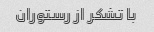
با تشکر از رستوران